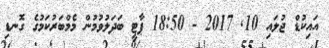
އައިކުޑް ޖުލައި 10